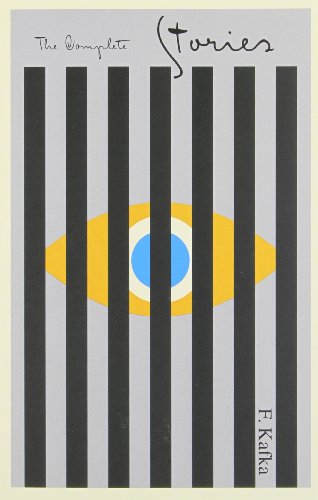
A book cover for Franz Kafka: The Complete Stories; Franz Kafka; Literature & Fiction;